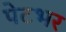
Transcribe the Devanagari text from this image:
पेटभर